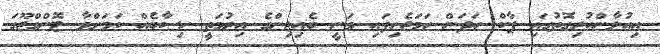
އިއުލާންކުރިގޮތުގައި ޕާކް ހަދަން ހަމަޖެހިފައި ވަނީ ބެއިޖިންގެ އިރުމަތީ ހިސާބެއް ކަމަށްވާ ޓޮންގްޖޫގަ